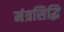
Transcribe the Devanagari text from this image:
मंत्रसिद्धि